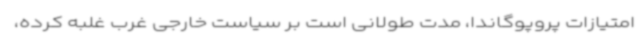
امتیازات پروپوگاندا، مدت طولانی است بر سیاست خارجی غرب غلبه کرده،